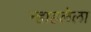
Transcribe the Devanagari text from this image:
न्हाहलेला